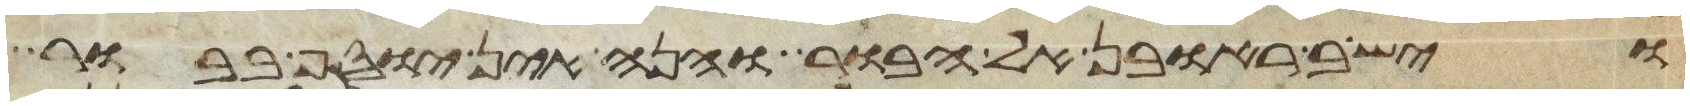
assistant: וישב ראובן אל הבור והנה אין יוסף בבור